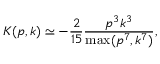
K ( p , k ) \simeq - \frac { 2 } { 1 5 } \frac { p ^ { 3 } k ^ { 3 } } { \operatorname * { m a x } ( p ^ { 7 } , k ^ { 7 } ) } ,